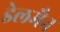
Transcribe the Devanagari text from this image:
डेलमैन